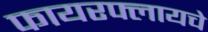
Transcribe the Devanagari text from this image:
फायरफ्लायचे